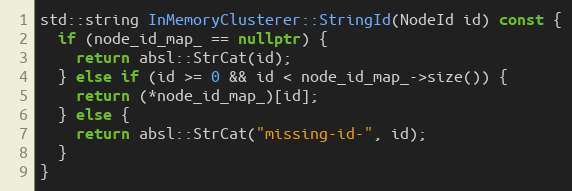
Language: C++
std::string InMemoryClusterer::StringId(NodeId id) const {
  if (node_id_map_ == nullptr) {
    return absl::StrCat(id);
  } else if (id >= 0 && id < node_id_map_->size()) {
    return (*node_id_map_)[id];
  } else {
    return absl::StrCat("missing-id-", id);
  }
}